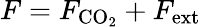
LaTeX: F=F_{\mathrm{CO}_{2}}+F_{\mathrm{ext}}